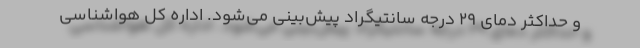
و حداکثر دمای ۲۹ درجه سانتیگراد پیش‌بینی می‌شود. اداره کل هواشناسی